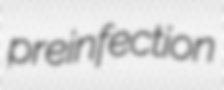
preinfection